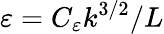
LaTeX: \varepsilon=C_{\varepsilon}k^{3/2}/L